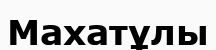
Махатұлы